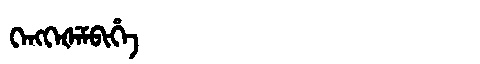
Manchu: ᡴᡝᠩᡴᡝᡧᡝᠮᠪᡳᡥᡝ
Romanization: KENGKEŠEMBIHE